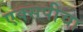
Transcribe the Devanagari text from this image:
एक्सपीचा